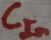
Text: CIn